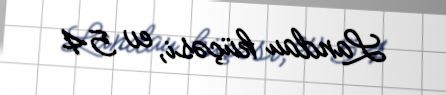
Landau küçəsi, ev 54